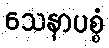
သေနာပစ္စံ